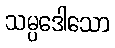
သမ္ပဒေါသော